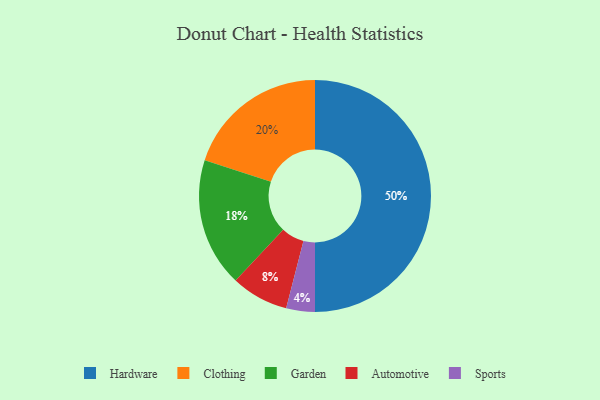
{"axis": {"x": "Category", "y": "Percentage"}, "legend": ["Automotive", "Clothing", "Garden", "Hardware", "Sports"], "data": [{"x": "Clothing", "y": 20, "type": "Clothing"}, {"x": "Sports", "y": 4, "type": "Sports"}, {"x": "Garden", "y": 18, "type": "Garden"}, {"x": "Automotive", "y": 8, "type": "Automotive"}, {"x": "Hardware", "y": 50, "type": "Hardware"}]}